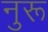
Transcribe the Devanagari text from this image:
नुरू